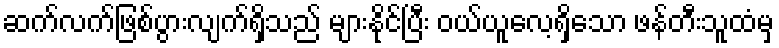
ဆက်လက်ဖြစ်ပွားလျက်ရှိသည် များနိုင်ပြီး ဝယ်ယူလေ့ရှိသော ဖန်တီးသူထံမှ